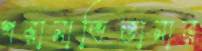
পরানাভিতানার